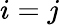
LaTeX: i=j